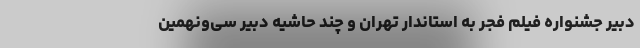
دبیر جشنواره فیلم فجر به استاندار تهران و چند حاشیه دبیر سی‌ونهمین